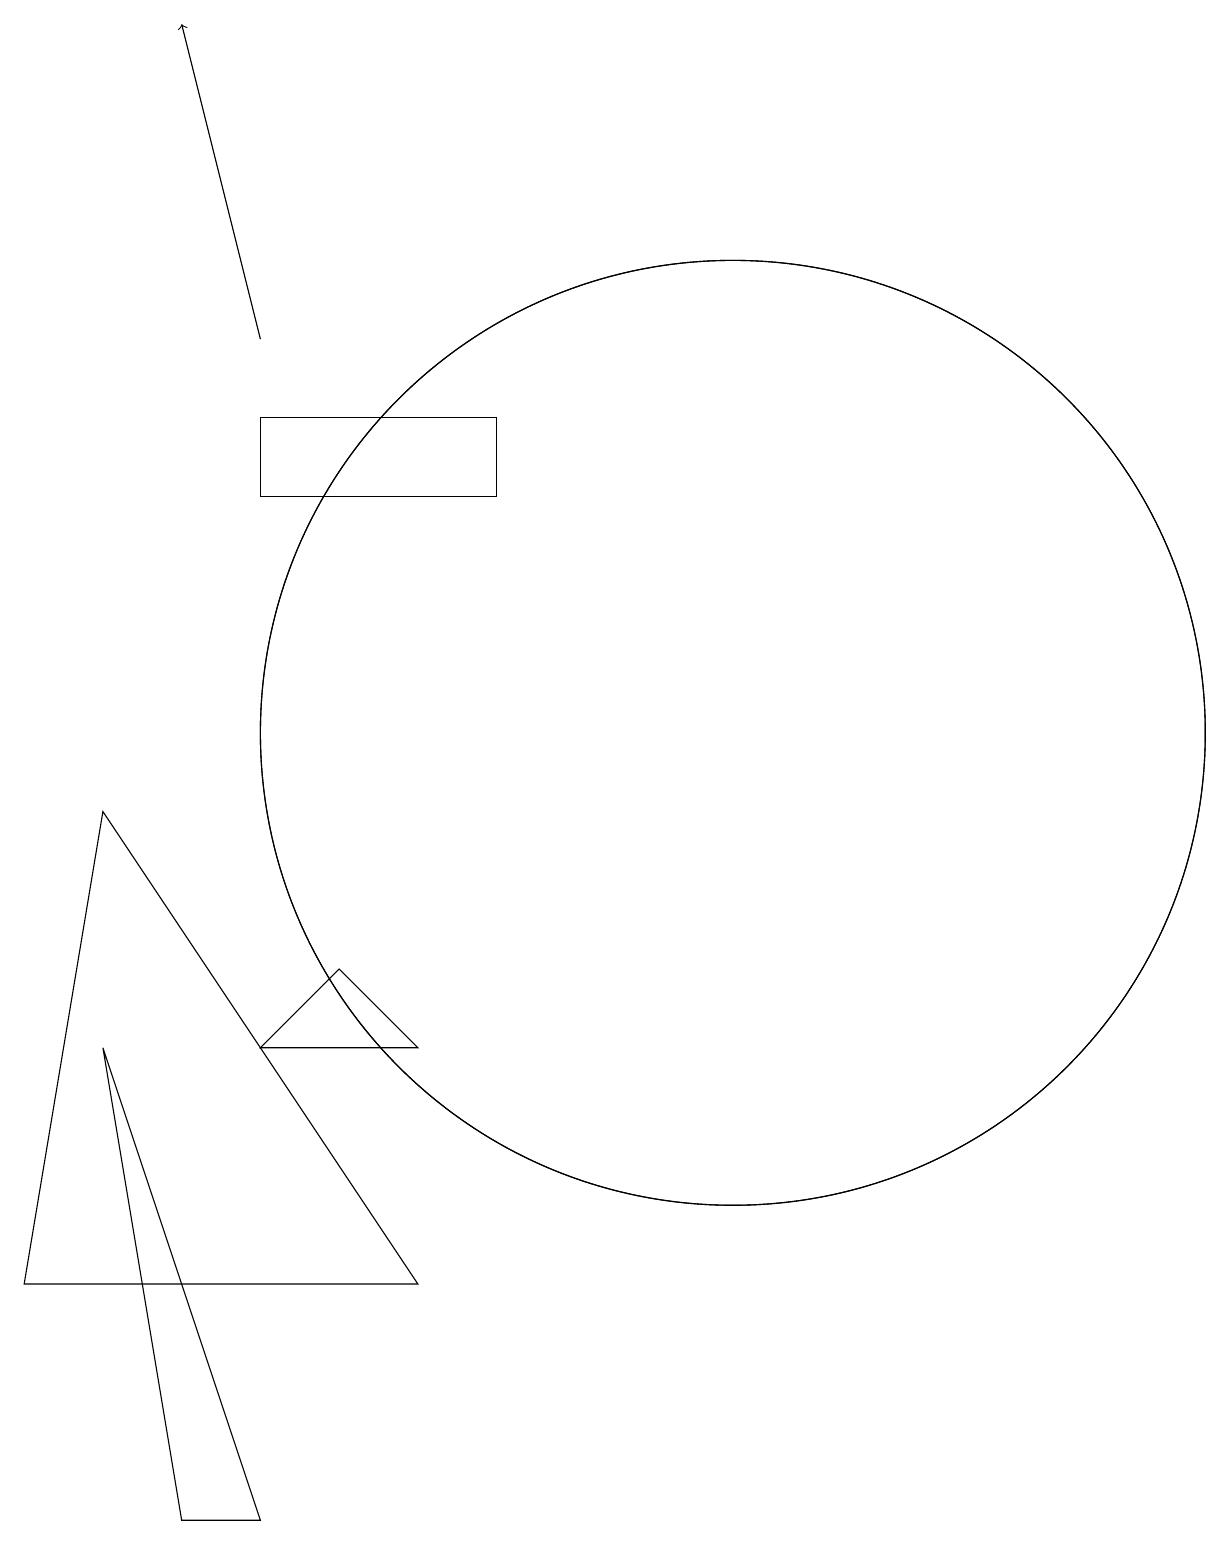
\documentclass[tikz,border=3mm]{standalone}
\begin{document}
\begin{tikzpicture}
\draw (4,0) -- (5,0) -- (3,6) -- cycle;
\draw (11,10) circle (6);
\draw (8,14) rectangle (5,13);
\draw (7,6) -- (5,6) -- (6,7) -- cycle;
\draw (2,3) -- (7,3) -- (3,9) -- cycle;
\draw (11,10) circle (6);
\draw[->] (5,15) -- (4,19);
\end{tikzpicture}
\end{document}